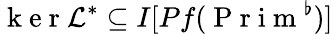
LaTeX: \mathrm{~k~e~r~}\mathcal{L}^{*}\subseteq I[Pf(\mathrm{~P~r~i~m~}^{\flat})]